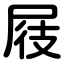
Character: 屐